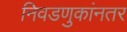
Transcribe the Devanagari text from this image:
निवडणुकांनतर